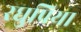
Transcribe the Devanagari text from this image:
रघुप्रिया